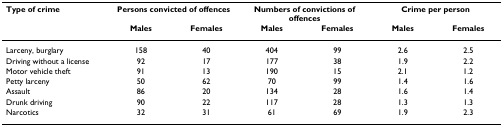
<table><thead><tr><td><b>Type of crime</b></td><td colspan="2"><b>Persons convicted of offences</b></td><td colspan="2"><b>Numbers of convictions of offences</b></td><td colspan="2"><b>Crime per person</b></td></tr><tr><td></td><td><b>Males</b></td><td><b>Females</b></td><td><b>Males</b></td><td><b>Females</b></td><td><b>Males</b></td><td><b>Females</b></td></tr></thead><tbody><tr><td>Larceny, burglary</td><td>158</td><td>40</td><td>404</td><td>99</td><td>2.6</td><td>2.5</td></tr><tr><td>Driving without a license</td><td>92</td><td>17</td><td>177</td><td>38</td><td>1.9</td><td>2.2</td></tr><tr><td>Motor vehicle theft</td><td>91</td><td>13</td><td>190</td><td>15</td><td>2.1</td><td>1.2</td></tr><tr><td>Petty larceny</td><td>50</td><td>62</td><td>70</td><td>99</td><td>1.4</td><td>1.6</td></tr><tr><td>Assault</td><td>86</td><td>20</td><td>134</td><td>28</td><td>1.6</td><td>1.4</td></tr><tr><td>Drunk driving</td><td>90</td><td>22</td><td>117</td><td>28</td><td>1.3</td><td>1.3</td></tr><tr><td>Narcotics</td><td>32</td><td>31</td><td>61</td><td>69</td><td>1.9</td><td>2.3</td></tr></tbody></table>